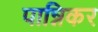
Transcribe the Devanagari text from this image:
पान्निकर